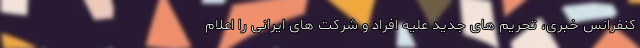
کنفرانس خبری، تحریم های جدید علیه افراد و شرکت های ایرانی را اعلام